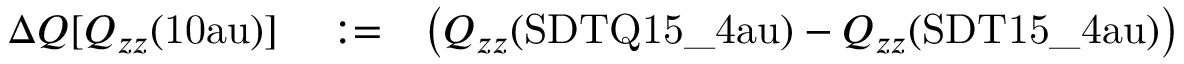
\begin{array} { r l r } { \Delta Q [ Q _ { z z } ( \mathrm { { 1 0 a u } } ) ] } & { { } : = } & { \left( Q _ { z z } ( \mathrm { { S D T Q 1 5 \_ 4 a u } } ) - Q _ { z z } ( \mathrm { { S D T 1 5 \_ 4 a u } } ) \right) } \end{array}